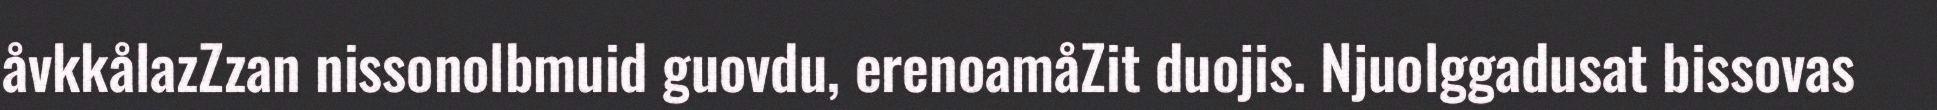
åvkkålazZzan nissonolbmuid guovdu, erenoamåZit duojis. Njuolggadusat bissovas